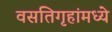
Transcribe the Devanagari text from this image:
वसतिगृहांमध्ये